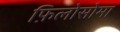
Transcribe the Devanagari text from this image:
फ़िलोसोमा